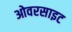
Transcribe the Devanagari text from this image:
ओवरसाइट